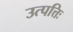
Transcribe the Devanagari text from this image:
उत्पत्तिः